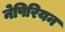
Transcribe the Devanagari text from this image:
नेपिरियन